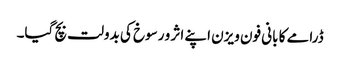
ڈرامے کا بانی فون ویزن اپنے اثر و رسوخ کی بدولت بچ گیا۔